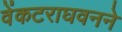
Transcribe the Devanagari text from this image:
वेंकटराघवनने